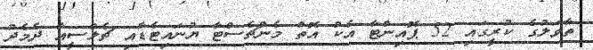
ތާވަލުގެ ކުރީގައި 52 ޕޮއިންޓާ އެކު އޮތް މެންޗެސްޓާ ޔުނައިޓެޑާއި ޗެލްސީއާ ދެމެދު